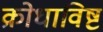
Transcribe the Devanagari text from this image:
क्रोधाविष्ट